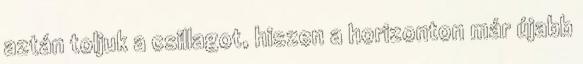
aztán toljuk a csillagot, hiszen a horizonton már újabb